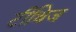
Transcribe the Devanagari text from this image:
टीथिज